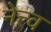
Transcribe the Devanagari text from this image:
नेत्त्व